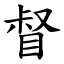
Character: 督